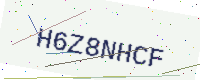
Text: H6Z8NHCF